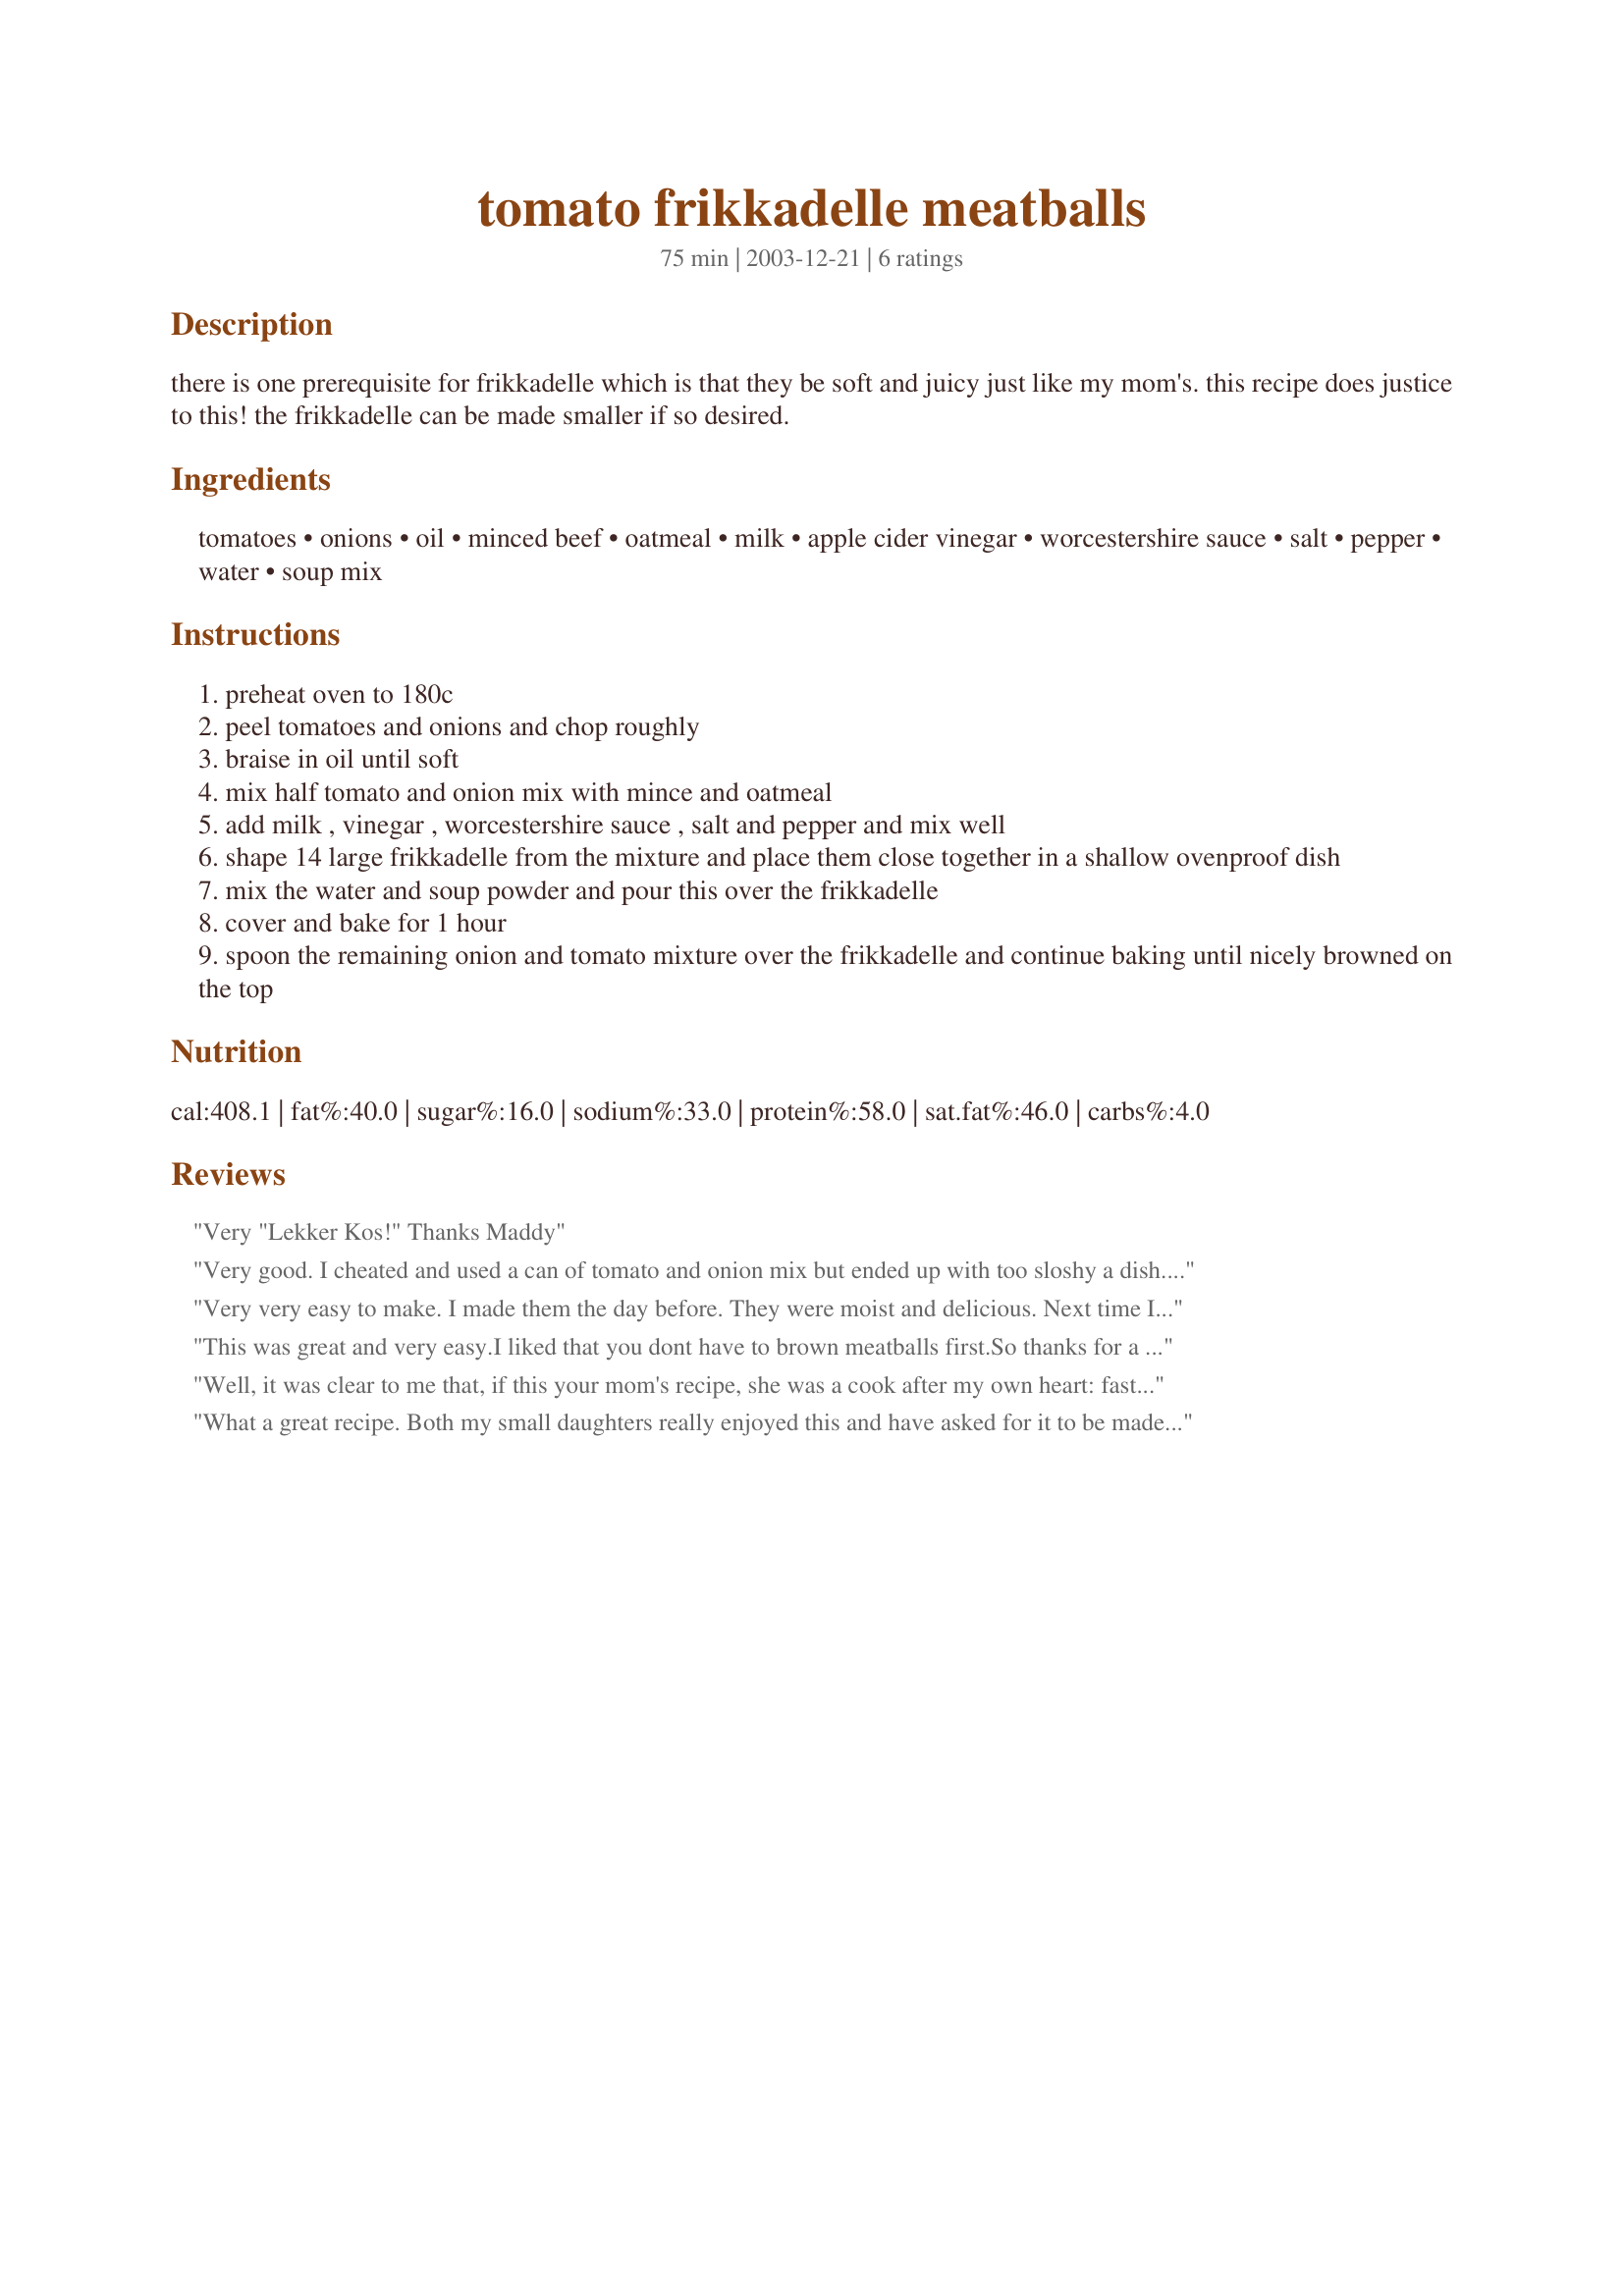
tomato frikkadelle meatballs
Preparation time: 75 minutes

there is one prerequisite for frikkadelle which is that they be soft and juicy just like my mom's. this recipe does justice to this! the frikkadelle can be made smaller if so desired.

Ingredients:
tomatoes, onions, oil, minced beef, oatmeal, milk, apple cider vinegar, worcestershire sauce, salt, pepper, water, soup mix

Steps:
preheat oven to 180c
peel tomatoes and onions and chop roughly
braise in oil until soft
mix half tomato and onion mix with mince and oatmeal
add milk , vinegar , worcestershire sauce , salt and pepper and mix well
shape 14 large frikkadelle from the mixture and place them close together in a shallow ovenproof dish
mix the water and soup powder and pour this over the frikkadelle
cover and bake for 1 hour
spoon the remaining onion and tomato mixture over the frikkadelle and continue baking until nicely browned on the top

Reviews:
Very "Lekker Kos!" Thanks Maddy
Very good. I cheated and used a can of tomato and onion mix but ended up with too sloshy a dish.The flavour was still really good so I know it can only be better done the way described. I will also try grating some cheese on top next time, which I reckon will go down really well. Thanks for sharing.
Very very easy to make. I made them the day before. They were moist and delicious. Next time I think I will add a bit more tomato and puree the extra onion and tomato mixture to make more of a sauce.
This was great and very easy.I liked that you dont have to brown meatballs first.So thanks for a great recipe.
Well, it was clear to me that, if this your mom's recipe, she was a cook after my own heart: fast and simple! I didn't change a thing. I used everything exactly as stipulated. The (raw) end result was a mixture which felt just right. I was a little worried about the lack of egg and spices -- an egg to bind the mixture, and maybe more seasoning. I used fresh ripe tomatoes, but while they fried with the onions I did add a small teaspoon of sugar, because cooked tomatoes can be acidic whether ripe or not. This would be 5 star, except -- the cooking time given is too long. After 40 minutes the meatballs were starting to dry out at the tops. I did not dare try to "brown" when adding the remaining onion-tomato mixture, as the sauce had already reduced to almost nothing. I'd advise, if you want sauce, to double the amount given in the recipe. Also, as this was made for the Ground Meat Sept 08 feature in the Photo forum, I made them in the day for dinner that night, so I could have decent daylight to photograph the recipe. When I first tasted the meatballs I thought there was way too little seasoning. However, when warmed up later, the flavour had developed, and they were great!!! I'd say, make ahead, double the sauce, and heat up again! Thanks, Bokenpop!!
What a great recipe. Both my small daughters really enjoyed this and have asked for it to be made often in our house. The meatballs were extremely moist and melt in the mouth tender plus the oats really made it a filling meal. For any Kiwis/Aussies out there I used a packet of maggi onion soup mix as the 'soup mix'. The recipe is very quick to throw together. I zapped my onions in the microwave in a bit of oil and used a large tin of tomatoes in place of the tomatoes listed. Served over mashed potatoes. Thanks Bokenpop for a wonderful keeper :)
